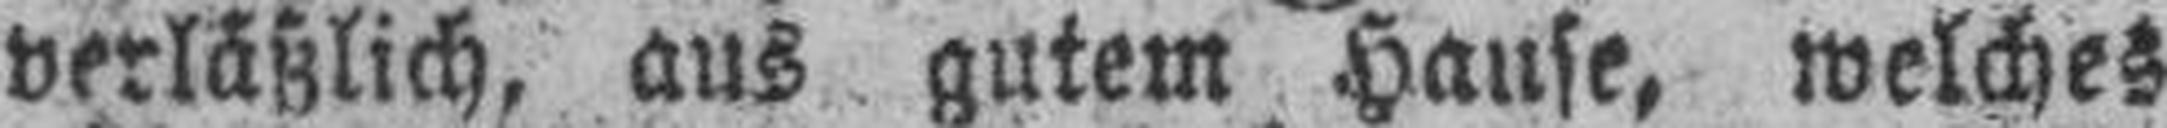
verläßlich, aus gutem Hause, welches